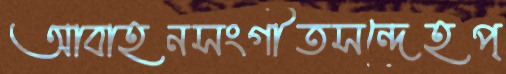
আবাহনসংগীতসন্দেহপ্